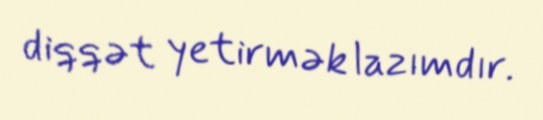
diqqət yetirmək lazımdır.